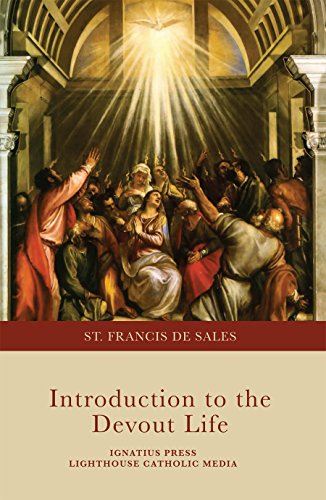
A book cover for Introduction to the Devout Life; St Francis De Sales; Christian Books & Bibles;